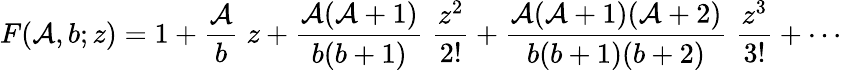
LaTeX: F(\mathcal{A},b;z)=1+{\frac{{\mathcal{A}}}{{b}}}\; z+{\frac{{\mathcal{A}(\mathcal{A}+1)}}{{b(b+1)}}}\; {\frac{{z^{2}}}{{2!}}}+{\frac{{\mathcal{A}(\mathcal{A}+1)(\mathcal{A}+2)}}{{b(b+1)(b+2)}}}\; {\frac{{z^{3}}}{{3!}}}+\cdots